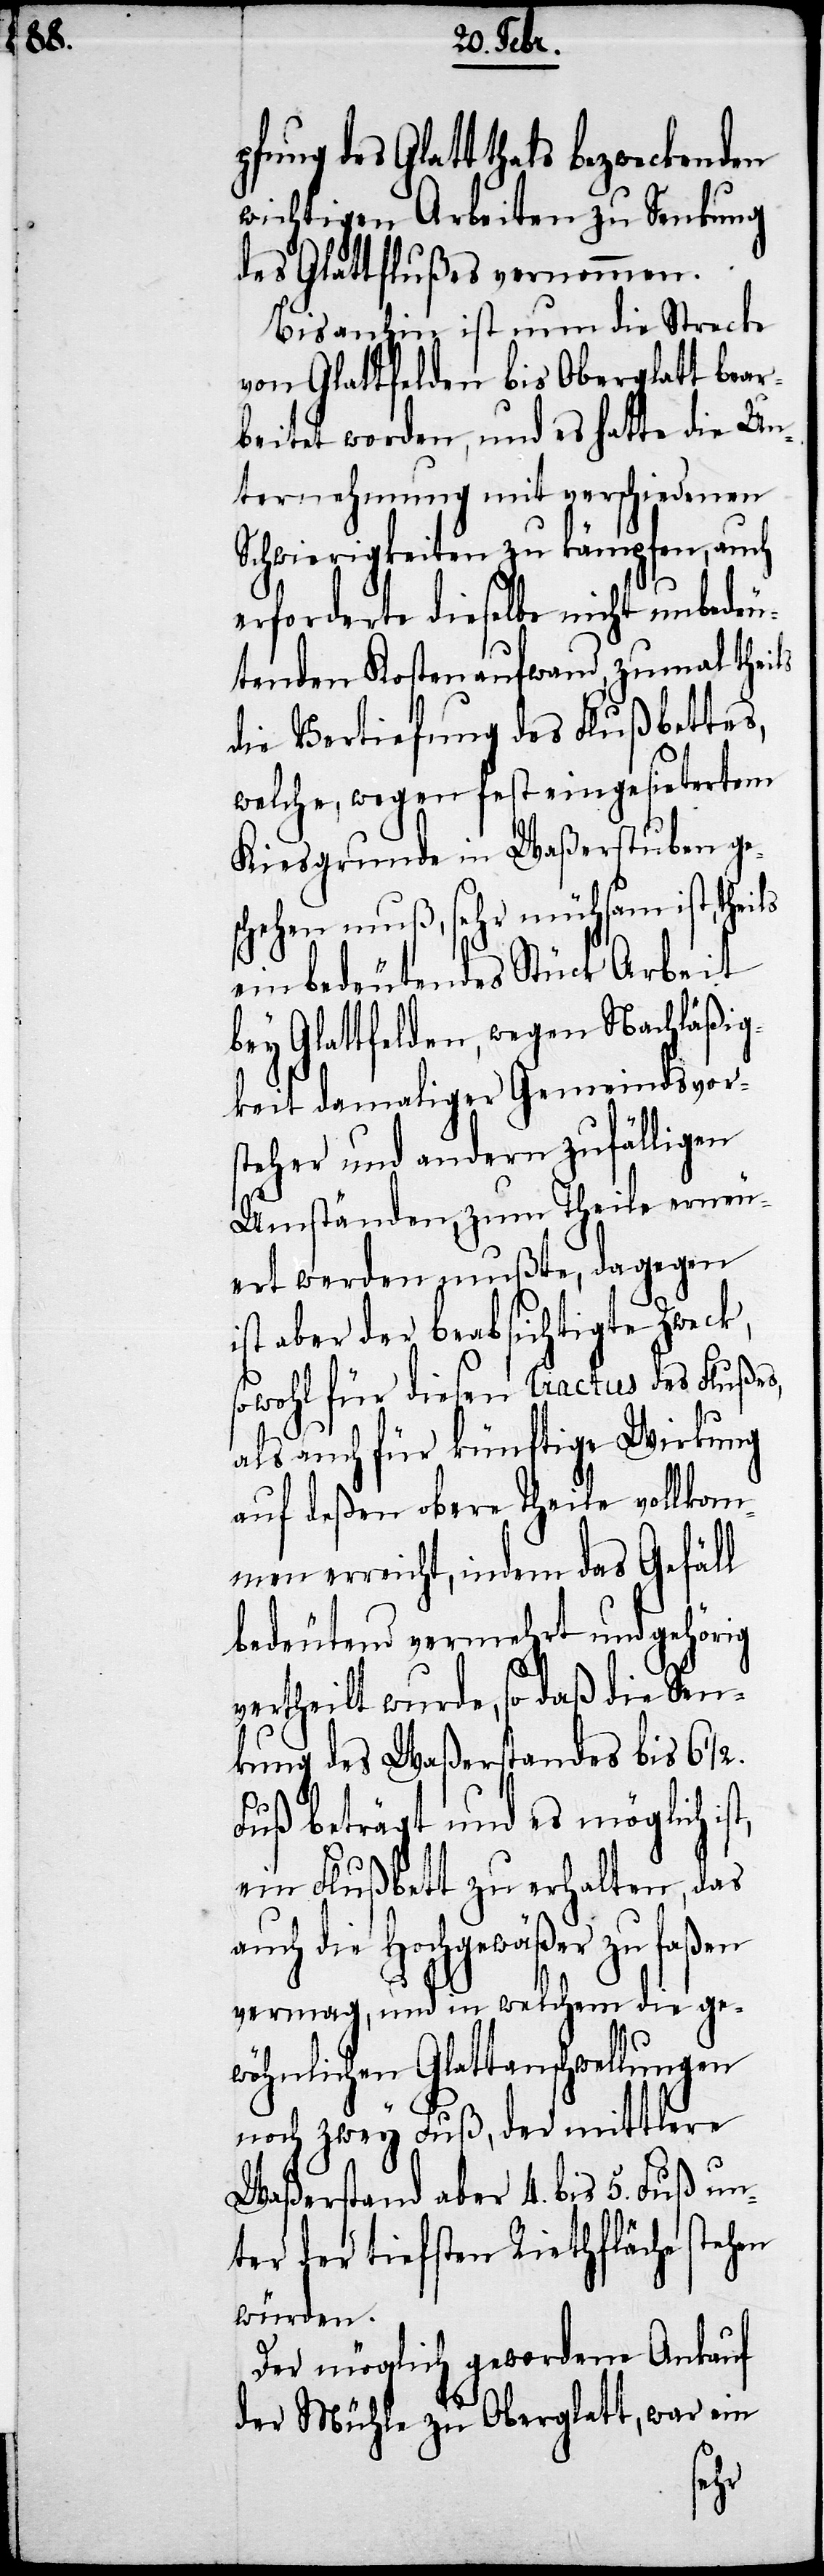
pfung des Glattthals bezweckenden
wichtigen Arbeiten zu Senkung
des Glattflußes vernommen.
Bis anhin ist nun die Strecke
von Glattfelden bis Oberglatt bear¬
beitet worden, und es hatte die Un¬
ternehmung mit verschiedenen
Schwierigkeiten zu kämpfen, auch
erforderte dieselbe nicht unbedeu¬
tenden Kostenaufwand, zumal theils
die Vertiefung des Flußbettes,
welche, wegen fest eingesietertem
Kiesgrunde in Waßerstuben ge¬
schehen muß, sehr mühsam ist,
ein bedeutendes Stück Arbeit
bey Glattfelden, wegen Nachläßig¬
keit damaliger Gemeindsvors¬
teher und andern zufälligen
Umständen, zum Theile erneu¬
ert werden mußte, dagegen
ist aber der beabsichtigte Zweck,
sowohl für diesen tractus des Flußes,
als auch für künftige Wirkung
auf deßen obere Theile vollkom¬
men erreicht, indem das Gefäll
bedeutend vermehrt und gehörig
vertheilt wurde, so daß die Sen¬
kung des Waßerstandes bis 6 ½
Fuß beträgt und es möglich
ein Flußbett zu erhalten, das
auch die Hochgewäßer zu faßen
vermag, und in welchem die ge¬
wöhnlichen Glattanschwellungen
noch zwey Fuß, der mittlere
Waßerstand aber 4. bis 5. Fuß un¬
ter der tiefsten Riethfläche stehen
würden.
Der möglich gewordene Ankauf
der Mühle zu Oberglatt, war ein